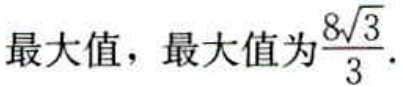
最大值，最大值为$\frac{8\sqrt{3}}{3}$.